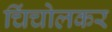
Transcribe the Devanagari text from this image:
चिंचोलकर